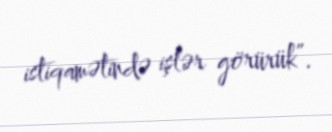
istiqamətində işlər görürük”.